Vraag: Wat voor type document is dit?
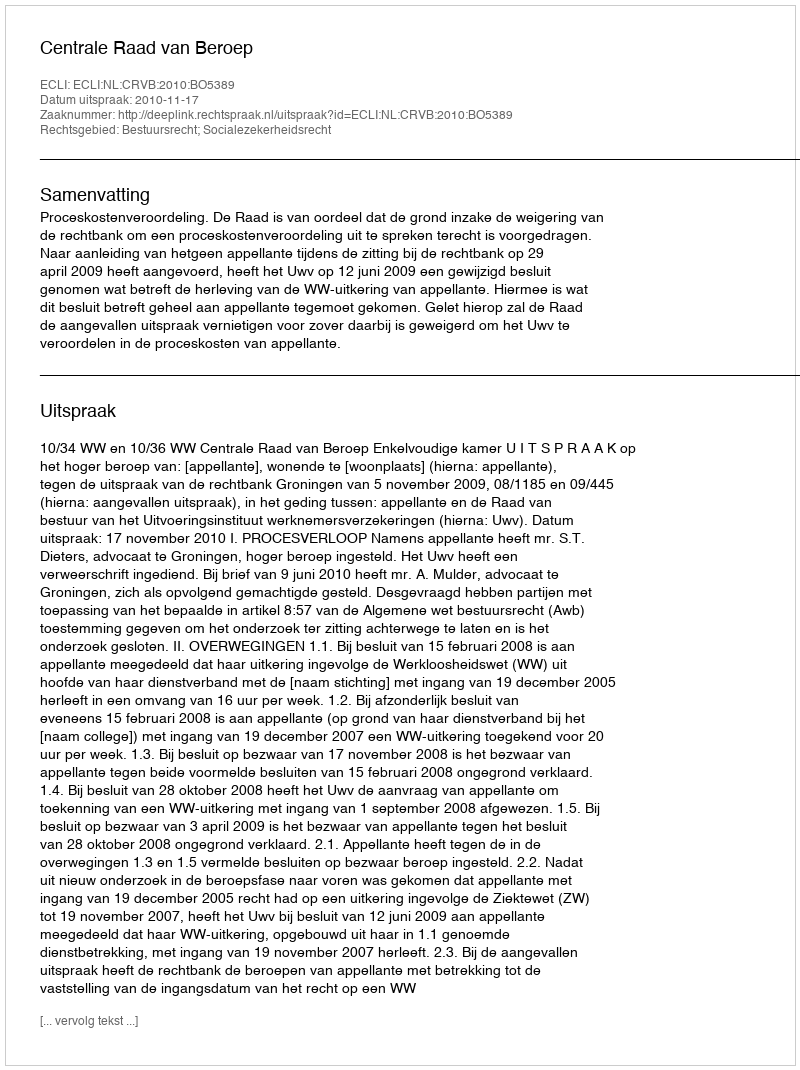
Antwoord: Uitspraak